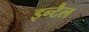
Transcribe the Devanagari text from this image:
इन्टैल